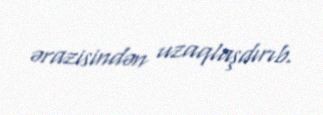
ərazisindən uzaqlaşdırıb.